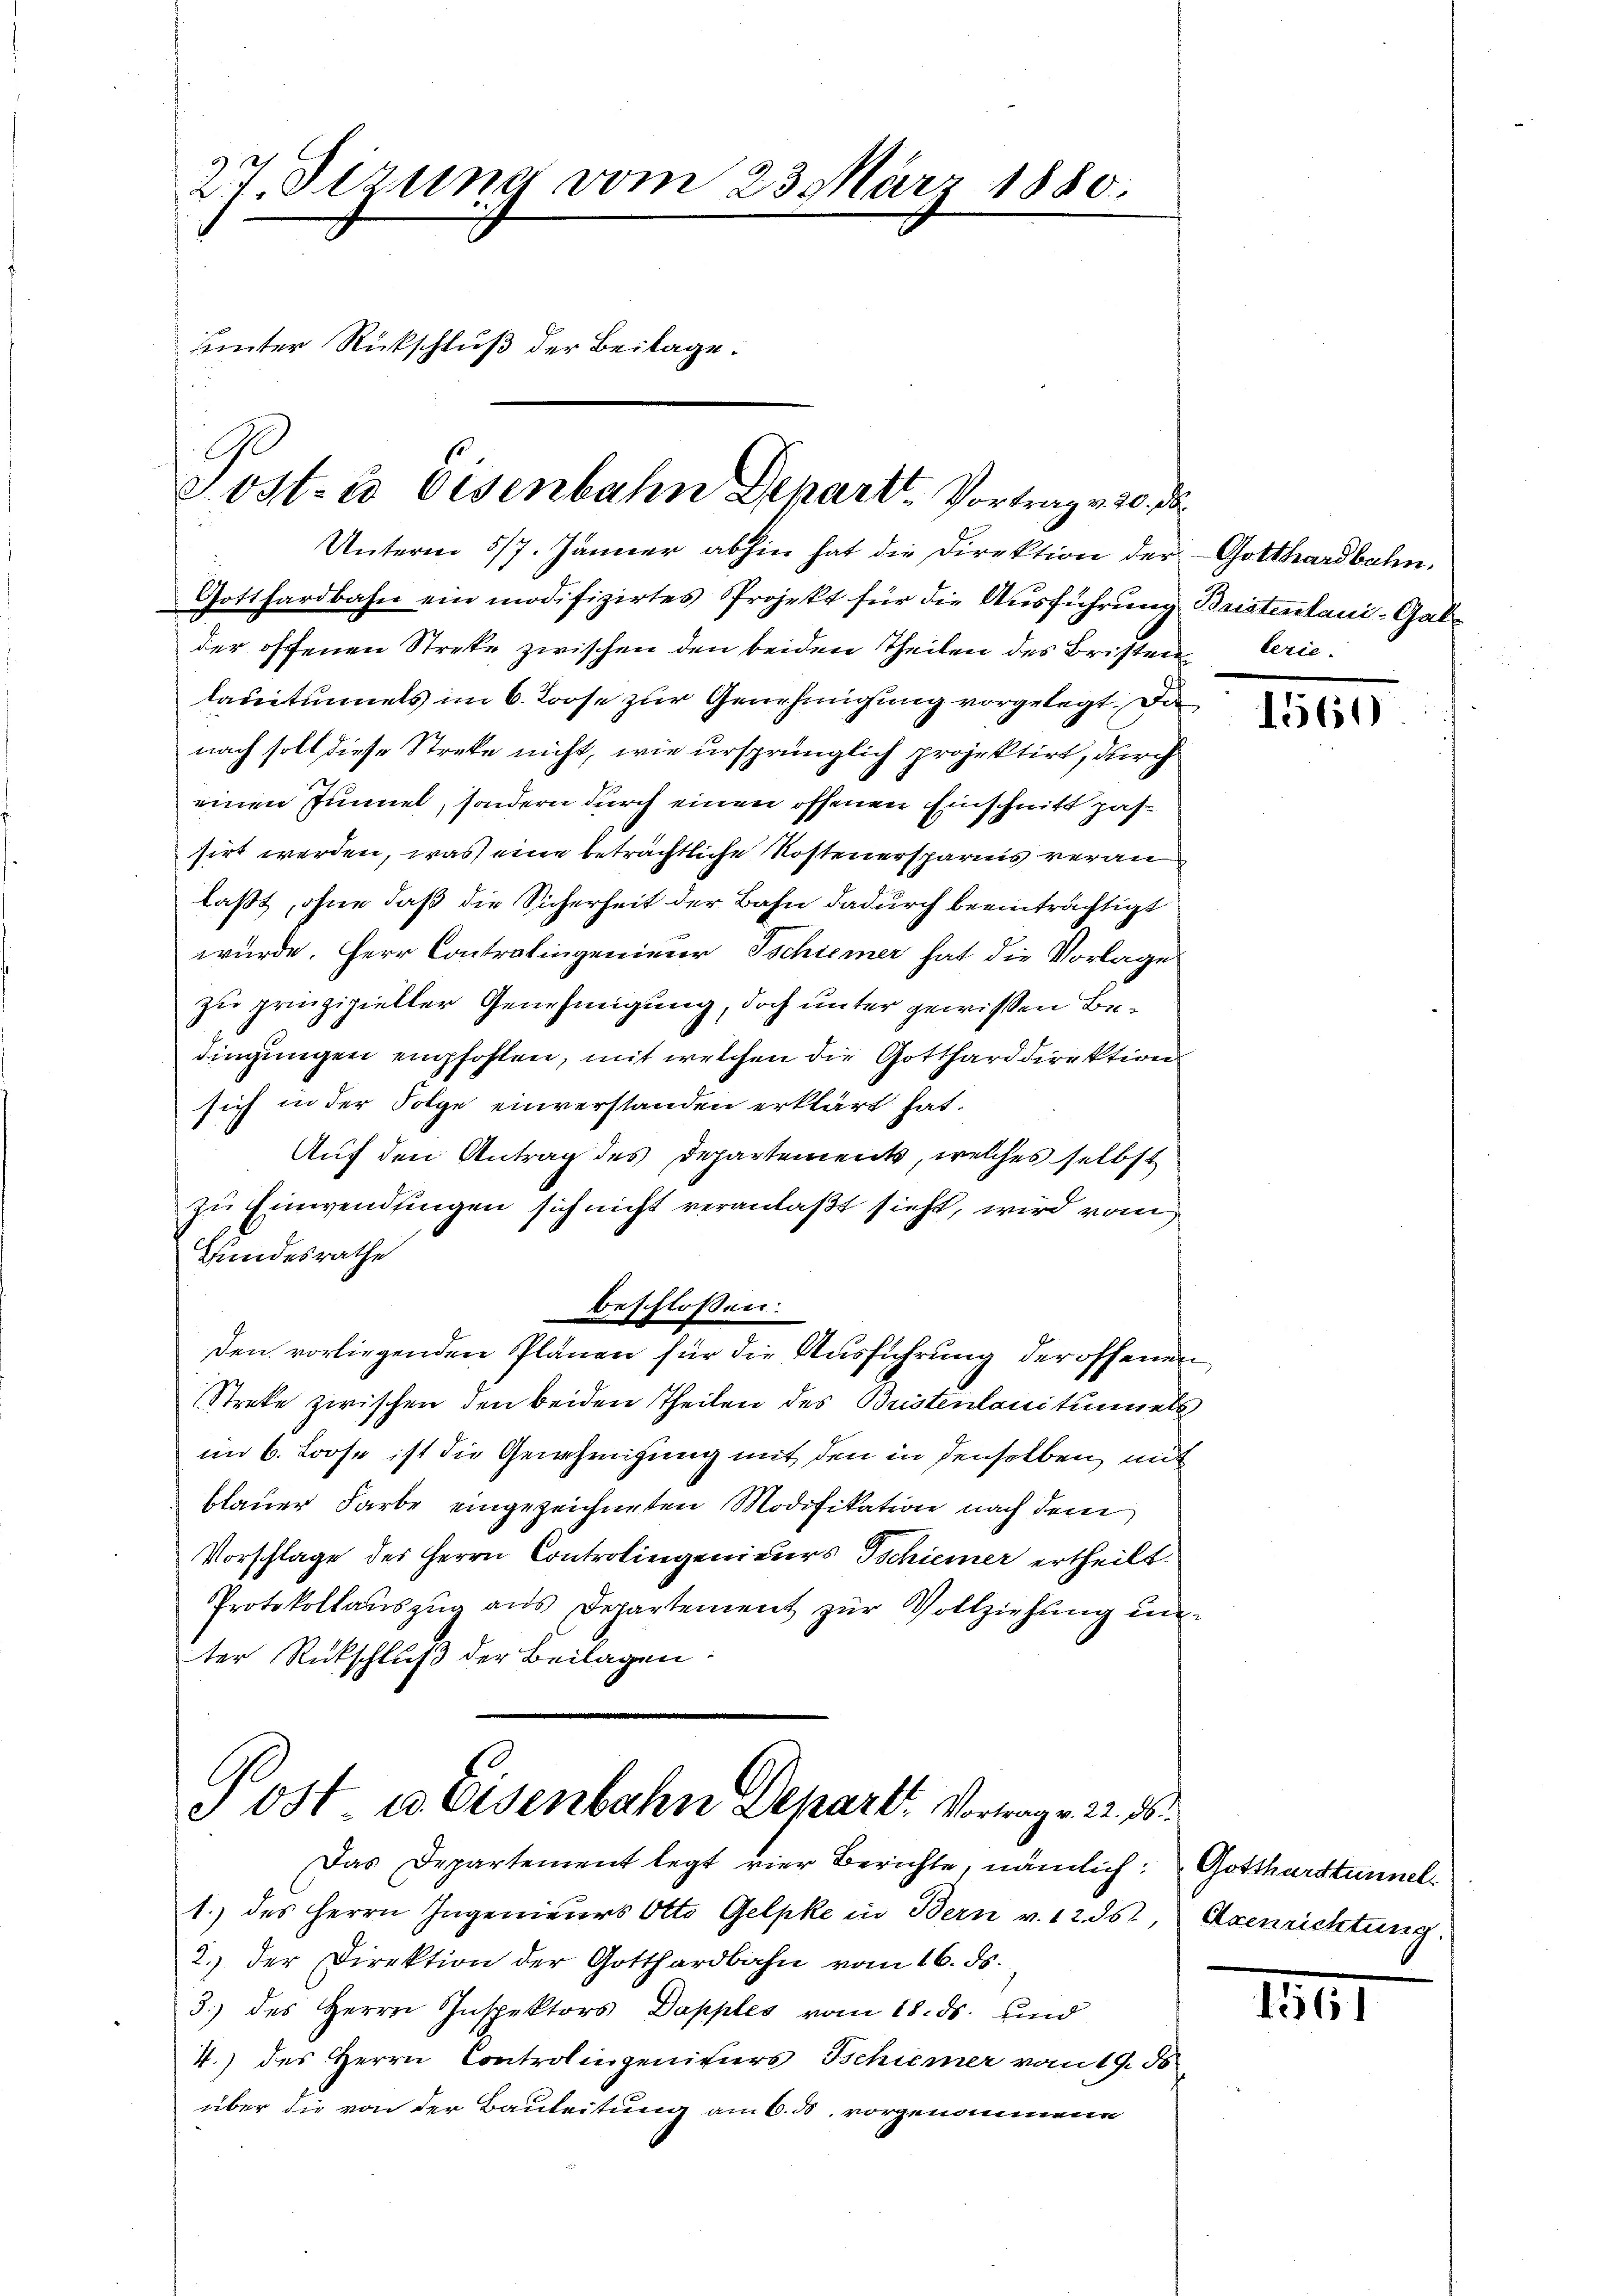
27. Sizung vom 23 März 1880.
sämter Rückschluß der Beilage.

S. Ost- & Eisenbahn Depart. Vortrag v. 20. d.

Unterm 5/7. Jänner abhin hat die Direktion der
Gotthardbahn ein modifizirtes Projekt für die Ausführung Bristentani-Gal-
der offenen Streke zwischen den beiden Theilen des Bristen berielauitunnels im 6. Roose zur Genehmigung vorgelegt. Die
nach soll diese Streke nicht, wie ursprünglich projektirt, durch
einen Tunnel, sondern durch einen offenen Einschnitt passirt werden, was eine beträchtliche Kostenersparnis veranlaßt, ohne daß die Sicherheit der Bahn dadurch beeinträchtigt
wurde. Herr Controlingenieur Tschiener hat die Vorlage
zu prinzipieller Genehmigung, doch unter gewißen Bedingungen empfohlen, mit welchen die Gottharddirektion
sich in der Folge einverstanden erklärt hat.
Auf den Antrag des Departements, welches selbst
zu Einwendungen sich nicht veranlaßt sieht, wird vom
Hundesrathe
beschlossen:
den vorliegenden Plänen für die Ausführung der offenen
Streke zwischen den beiden Theilen des Bristenloniturels
im 6. Loose ist die Genehmigung mit den in denselben, mit
blauer Farbe eingezeichneten Modifikation nach dem
Vorschlage des Herrn Controlingenieurs Tschiener ertheilt.
Protokollauszug aus Departement zur Vollziehung unter Rückschluß der Beilagen:
Post u. Eisenbahn Depart. Vortrag. 22. 16.
Das Departement legt vier Berichte, nämlich: Gotthardtunnel
1.) des Herrn Ingenieurs Otto Gelpke in Bern v. 12. ds., Axenrichtung.
2.) der Direktion der Gotthardbahn vom 16. ds.
3.) des Herrn Inspektors Dapples vom 18. ds. und
4.) des Herrn Controlingeniturs Schiener vom 19. d.
über die von der Bauleitung am 6. ds. vorgenommene

Gotthardbahn.

1561)

11